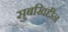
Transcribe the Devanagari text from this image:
सुबखिद्दीन